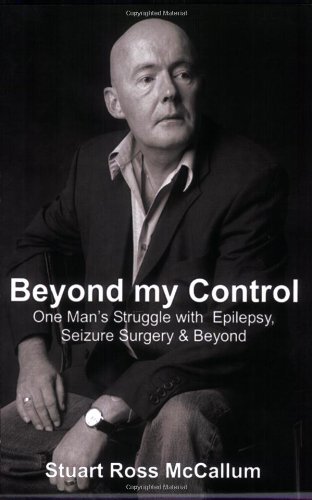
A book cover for Beyond my Control: One Man's Struggle with Epilepsy, Seizure Surgery & Beyond; Stuart McCallum; Health, Fitness & Dieting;